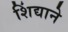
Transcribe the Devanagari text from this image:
शिंद्याने